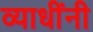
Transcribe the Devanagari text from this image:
व्याधींनी